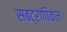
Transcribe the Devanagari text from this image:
सबट्रापिकल